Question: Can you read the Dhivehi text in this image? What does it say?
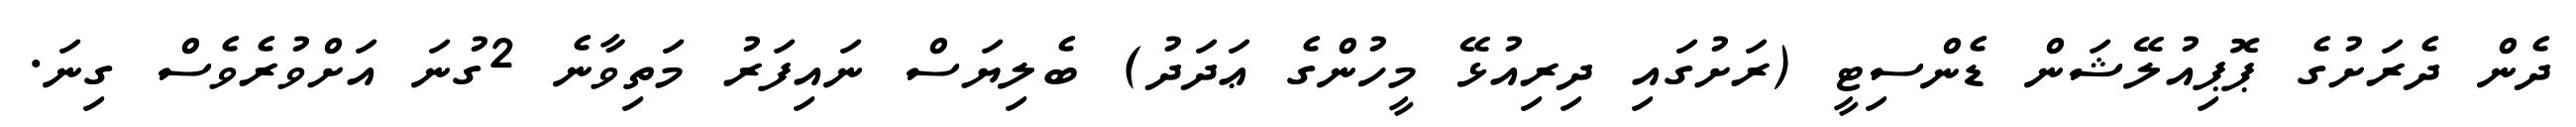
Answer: ދެން ދެރަށުގެ ޕޮޕިއުލޭޝަން ޑެންސިޓީ (ރަށުގައި ދިރިއުޅޭ މީހުންގެ ޢަދަދު) ބެލިޔަސް ނައިފަރު މަތިވާނެ 2ގުނަ އަށްވުރެވެސް ގިނަ.